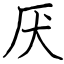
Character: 厌